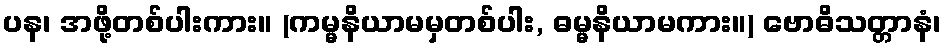
ပန၊ အဖို့တစ်ပါးကား။ (ကမ္မနိယာမမှတစ်ပါး, ဓမ္မနိယာမကား။) ဗောဓိသတ္တာနံ၊